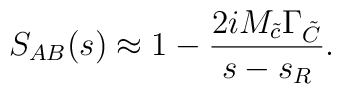
S_{AB}(s) \approx 1-\frac{2 iM_{\tilde{c}}\Gamma_{\tilde{C}}}{s-s_R}.